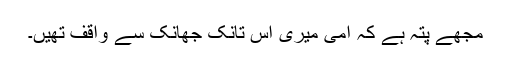
مجھے پتہ ہے کہ امی میری اس تانک جھانک سے واقف تھیں۔